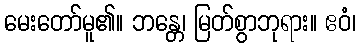
မေးတော်မူ၏။ ဘန္တေ၊ မြတ်စွာဘုရား။ ဧဝံ၊